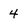
Character: 4